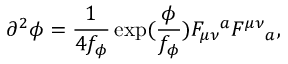
\partial ^ { 2 } \phi = \frac { 1 } { 4 f _ { \phi } } \exp ( \frac { \phi } { f _ { \phi } } ) F _ { \mu \nu } { } ^ { a } F ^ { \mu \nu } { } _ { a } ,